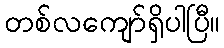
တစ်လကျော်ရှိပါပြီ။